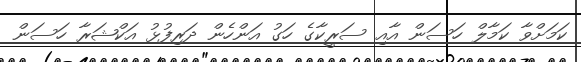
ކަމަށްވާ ކަމާލް ހަސަން އާއި ސަރީކާގެ ހަގު އަންހެން ދަރިފުޅު އަކްޝަރާ ހަސަން